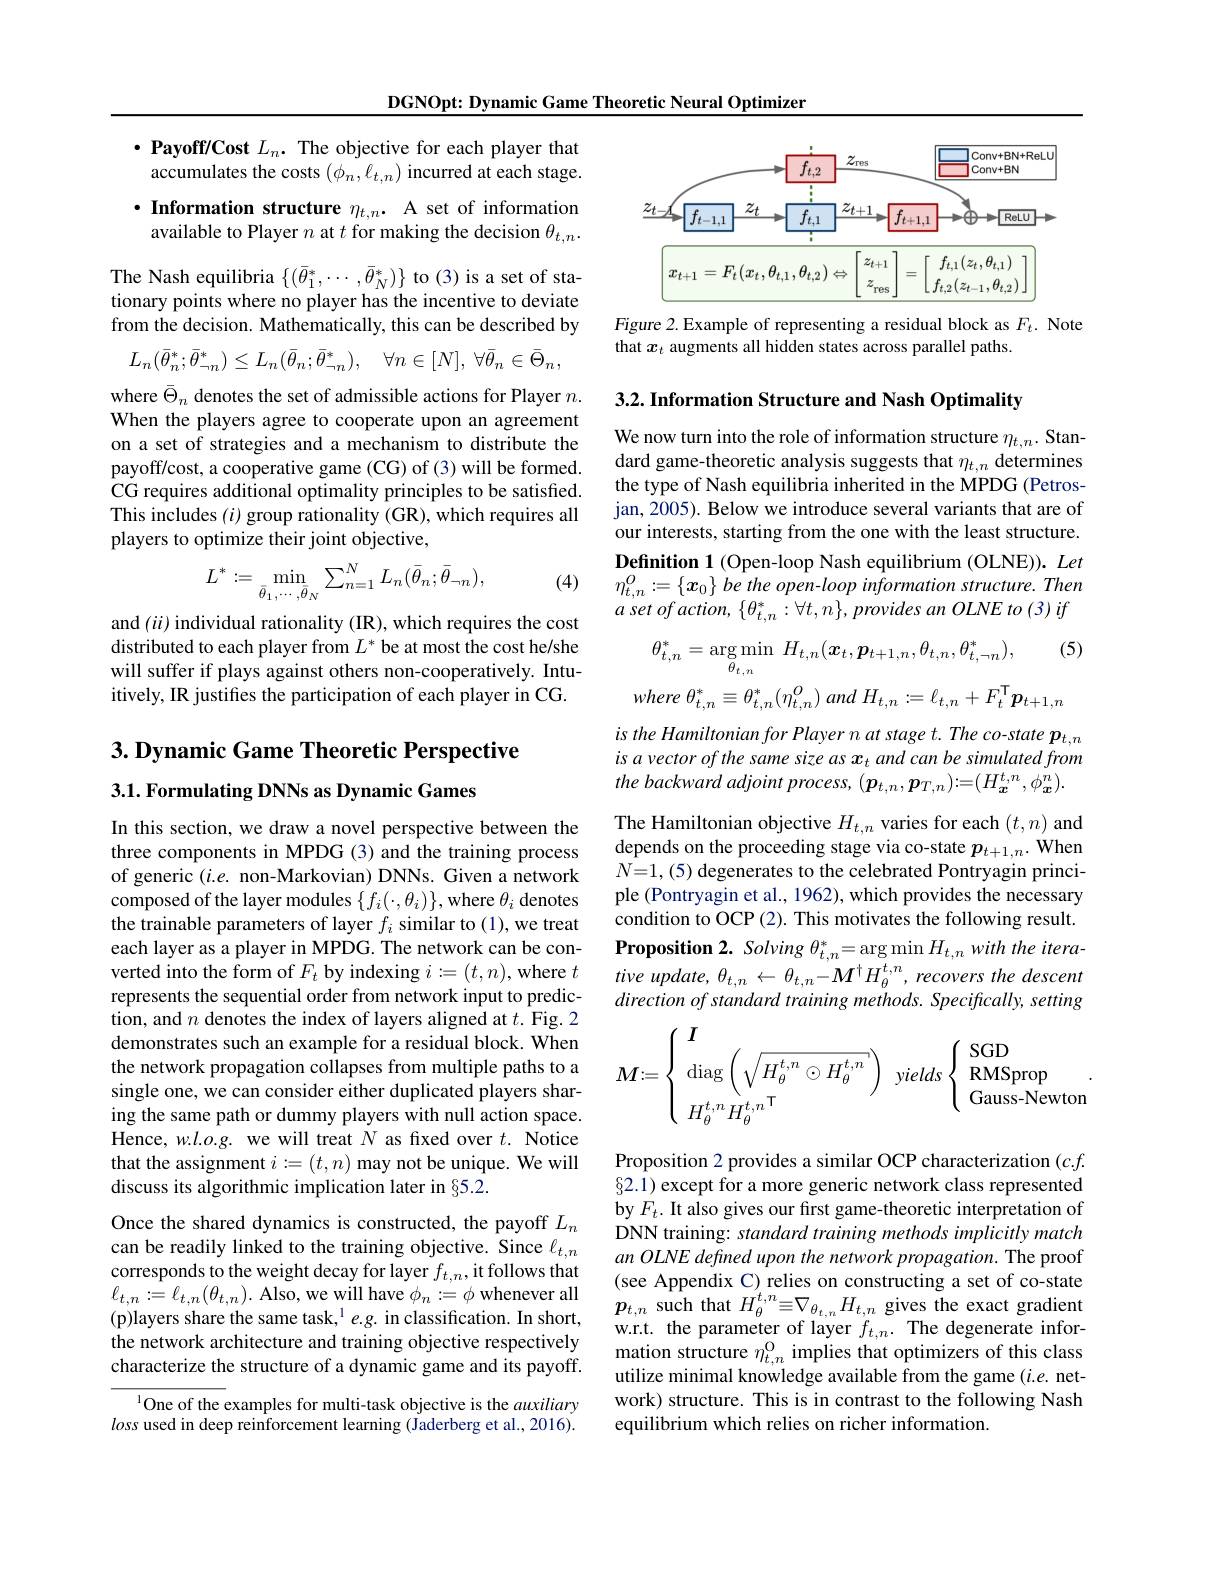
DGNOpt: Dynamic Game Theoretic Neural Optimizer

$\cdot \textbf{Payoff/ Cost }L_{n}.$ The objective for each player that accumulates the costs $(\phi_n,\ell_{t,n})$ incurred at each stage.

$\cdot$ Information structure $\eta_{t,n}.$ A set of information available to Player $n$ at for making the decision $\theta_{t,n}.$

The Nash equilibria $\{(\bar{\theta}_{1}^{*},\cdots,\bar{\theta}_{N}^{*})\}$ to (3) is a set of stationary points where no player has the incentive to deviate from the decision. Mathematically, this can be described by
$$L_{n}(\bar{\theta}_{n}^{*};\bar{\theta}_{\neg n}^{*})\leq L_{n}(\bar{\theta}_{n};\bar{\theta}_{\neg n}^{*}),\quad\forall n\in[N],\:\forall\bar{\theta}_{n}\in\bar{\Theta}_{n},$$
where $\bar{\Theta}_n$ denotes the set of admissible actions for Player $n.$ When the players agree to cooperate upon an agreement on a set of strategies and a mechanism to distribute the payoff/cost, a cooperative game (CG) of (3) will be formed. CG requires additional optimality principles to be satisfied. This includes $(i)$ group rationality (GR), which requires all players to optimize their joint objective,
$$L^*:=\min_{\bar{\theta}_1,\cdots,\bar{\theta}_N}\sum_{n=1}^NL_n(\bar{\theta}_n;\bar{\theta}_{\neg n}),$$
(4)

and $(ii)$ individual rationality (IR), which requires the cost distributed to each player from $L^*$ be at most the cost he/she will suffer if plays against others non-cooperatively. Intuitively, IR justifes the participation of each player in CG.

## $3. \textbf{Dynamic Game Theoretic Perspective}$ 3.1. Formulating DNNs as Dynamic Games

In this section, we draw a novel perspective between the three components in MPDG(3) and the training process of generic $(i.e.$ non-Markovian) DNNs. Given a network composed of the layer modules $\{f_i(\cdot,\theta_i)\}$, where $\theta_i$ denotes the trainable parameters of layer $f_i$ similar to (1), we treat each layer as a player in MPDG. The network can be converted into the form of $F_t$ by indexing $i:=(t,n)$,where $t$ represents the sequential order from network input to prediction, and $n$ denotes the index of layers aligned at $t.$ Fig.2 demonstrates such an example for a residual block. When the network propagation collapses from multiple paths to a single one, we can consider either duplicated players sharing the same path or dummy players with null action space. Hence, $w.l.o.g.$ we will treat $N$ as fixed over $t.$ Notice that the assignment $i:=(t,n)$ may not be unique. We will discuss its algorithmic implication later in $\S5.2.$

Once the shared dynamics is constructed, the payoff $L_n$ can be readily linked to the training objective. Since $\ell_{t,n}$ corresponds to the weight decay for layer $f_{t,n}$,it follows that $\ell_{t,n}:=\ell_{t,n}(\theta_{t,n}).$ Also, we will have $\phi_n:=\phi$ whenever all (p)layers share the same task,$^1e.g.$ in classification. In short, the network architecture and training objective respectively characterize the structure of a dynamic game and its payoff.

$^{1}$One of the examples for multi-task objective is the auxiliary loss used in deep reinforcement learning (Jaderberg et al., 2016).

<FigureHere>

Figure 2.Example of representing a residual block as $F_t.$ Note
that $x_t$ augments all hidden states across parallel paths.

3.2. Information Structure and Nash Optimality

We now turn into the role of information structure $\eta _{t, n}.$ Stan- dard game- theoretic analysis suggests that $\eta _{t, n}$ determines the type of Nash equilibria inherited in the MPDG (Petros-) jan, 2005). Below we introduce several variants that are of our interests, starting from the one with the least structure. Definition 1 (Open-loop Nash equilibrium (OLNE)). Let $\eta_{t,n}^{O}:=\left\{\boldsymbol{x}_{0}\right\}betheopen-loopinformationstructure.Then$ $a$ set $of$ $action$, $\{ \theta _{t, n}^{* }: \forall t, n\} $, provides $an$ $OLNE$ $to$ (3) $if$

(5)
$$\theta_{t,n}^*=\arg\min_{\theta_{t,n}}\:H_{t,n}(\boldsymbol{x}_t,\boldsymbol{p}_{t+1,n},\theta_{t,n},\theta_{t,\neg n}^*),$$
is the Hamiltonian for Player n at stage t. The co-state p is a vector of the same size as $x_t$ and can be simulated from the backward adjoint process, $(\boldsymbol p_{t,n},\boldsymbol p_{T,n}):=(H_{\boldsymbol{x}}^{t,n},\phi_{\boldsymbol{x}}^{n}).$

The Hamiltonian objective $H_t,n$ varies for each $(t,n)$ and depends on the proceeding stage via co-state $p_t+1,n.$ When $N{=}1,(5)$ degenerates to the celebrated Pontryagin principle (Pontryagin et al., 1962), which provides the necessary condition to OCP (2). This motivates the following result. $\textbf{Proposition 2. Solving }\theta _{t, n}^{* }= \arg \min H_{t, n}with$ the $itera-$ tive update, $\theta_{t,n}\leftarrow\theta_{t,n}-M^{\dagger}H_{\theta}^{t,n},recovers$ the descent direction of standard training methods. Specifically, setting
$$M:=\left\{\begin{array}{ll}\boldsymbol{I}\\\operatorname{diag}\left(\sqrt{H_\theta^{t,n}\odot H_\theta^{t,n}}\right)\\H_\theta^{t,n}H_\theta^{t,n}^{\mathsf{T}}\end{array}\right.yields\left\{\begin{array}{ll}\operatorname{SGD}\\\operatorname{RMSprop}\\\operatorname{Gauss-Newton}\end{array}\right..$$
Proposition 2 provides a similar OCP characterization $(c.f.$ $\S2.1)$ except for a more generic network class represented by $F_t.$ It also gives our fırst game-theoretic interpretation of DNN training: standard training methods implicitly match an OLNE defined upon the network propagation. The proof (see Appendix C) relies on constructing a set of co-state $p_{t,n}$ such that $H_\theta^{t,n}\equiv\nabla_{\theta_{t,n}}H_{t,n}$ gives the exact gradient w.r.t. the parameter of layer $f_{t,n}.$ The degenerate information structure $\eta_{t,n}^\mathrm{O}$ implies that optimizers of this class utilize minimal knowledge available from the game $(i.e.$ network) structure. This is in contrast to the following Nash equilibrium which relies on richer information.